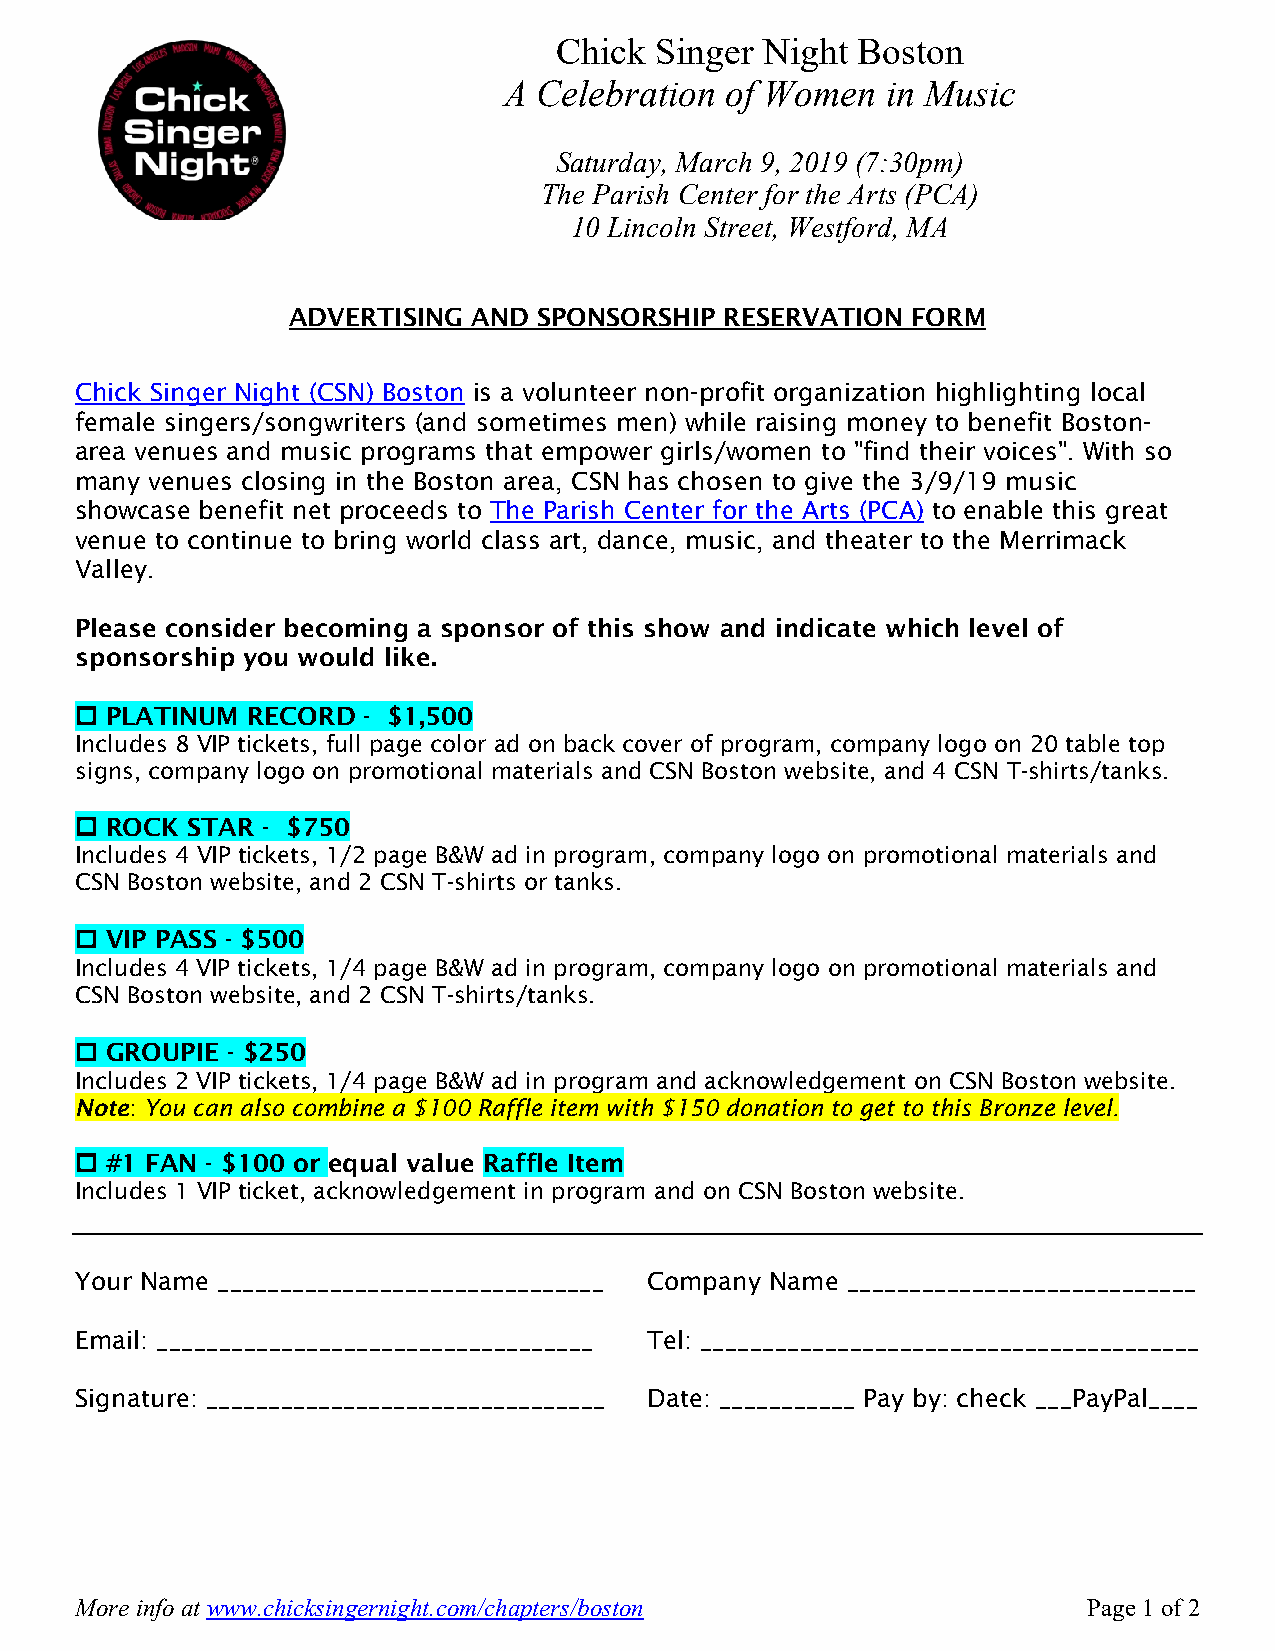
Chick Singer Night  Boston
 A  Celebration of Women   in Music
 Saturday, March 9, 2019 (7:30pm)
 The Parish Center for the Arts (PCA)
 10 Lincoln Street, Westford, MA
 ADVERTISING AND  SPONSORSHIP RESERVATION FORM
 Chick Singer Night (CSN) Boston is a volunteer non-profit organization highlighting local
 female singers/songwriters (and sometimes men) while raising money to benefit Boston-
 area venues and music programs that empower girls/women to "find their voices". With so
 many venues closing in the Boston area, CSN has chosen to give the 3/9/19 music
 showcase benefit net proceeds to The Parish Center for the Arts (PCA) to enable this great
 venue to continue to bring world class art, dance, music, and theater to the Merrimack
 Valley.
 Please consider becoming a sponsor of this show and indicate which level of
 sponsorship you would like.
 o PLATINUM RECORD  - $1,500
 Includes 8 VIP tickets, full page color ad on back cover of program, company logo on 20 table top
 signs, company logo on promotional materials and CSN Boston website, and 4 CSN T-shirts/tanks.
 o ROCK STAR - $750
 Includes 4 VIP tickets, 1/2 page B&W ad in program, company logo on promotional materials and
 CSN Boston website, and 2 CSN T-shirts or tanks.
 o VIP PASS - $500
 Includes 4 VIP tickets, 1/4 page B&W ad in program, company logo on promotional materials and
 CSN Boston website, and 2 CSN T-shirts/tanks.
 o GROUPIE - $250
 Includes 2 VIP tickets, 1/4 page B&W ad in program and acknowledgement on CSN Boston website.
 Note: You can also combine a $100 Raffle item with $150 donation to get to this Bronze level.
 o #1 FAN - $100 or equal value Raffle Item
 Includes 1 VIP ticket, acknowledgement in program and on CSN Boston website.
 Your Name _______________________________ Company Name ____________________________
 Email: ___________________________________ Tel: ________________________________________
 Signature: ________________________________ Date: ___________ Pay by: check ___PayPal____
 More info at www.chicksingernight.com/chapters/boston              Page 1 of 2